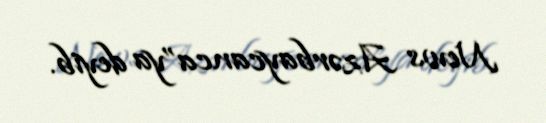
News Azərbaycanca”ya deyib.